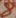
Text: 8